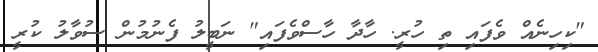
"ކިހިނެއް ވެފައި ތި ހުރީ. ހާދާ ހާސްވެފައި" ނަބީލު ފެނުމުން ސުވާލު ކުރީ